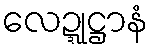
လေဍ္ဍုဋ္ဌာနံ